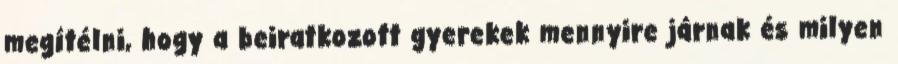
megítélni, hogy a beiratkozott gyerekek mennyire járnak és milyen